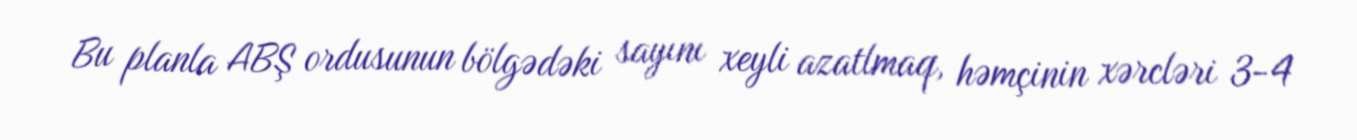
Bu planla ABŞ ordusunun bölgədəki sayını xeyli azatlmaq, həmçinin xərcləri 3-4